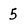
Character: 5